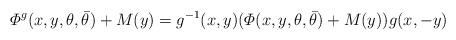
LaTeX: \begin{align*}{\mit\Phi}^g(x,y,\theta,\bar{\theta})+M(y)=g^{-1}(x,y) ({\mit\Phi}(x,y,\theta,\bar{\theta})+M(y))g(x,-y) \\\end{align*}